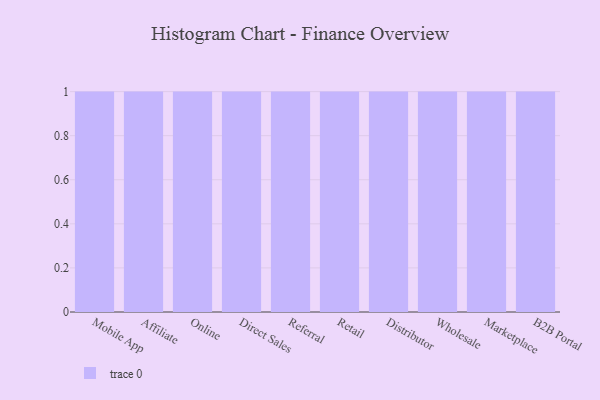
{"axis": {"x": "Channel", "y": "Bounce Rate (%)"}, "legend": [""], "data": [{"x": "Mobile App", "y": 46, "type": ""}, {"x": "Affiliate", "y": 24, "type": ""}, {"x": "Online", "y": 37, "type": ""}, {"x": "Direct Sales", "y": 5, "type": ""}, {"x": "Referral", "y": 98, "type": ""}, {"x": "Retail", "y": 11, "type": ""}, {"x": "Distributor", "y": 75, "type": ""}, {"x": "Wholesale", "y": 31, "type": ""}, {"x": "Marketplace", "y": 55, "type": ""}, {"x": "B2B Portal", "y": 61, "type": ""}]}